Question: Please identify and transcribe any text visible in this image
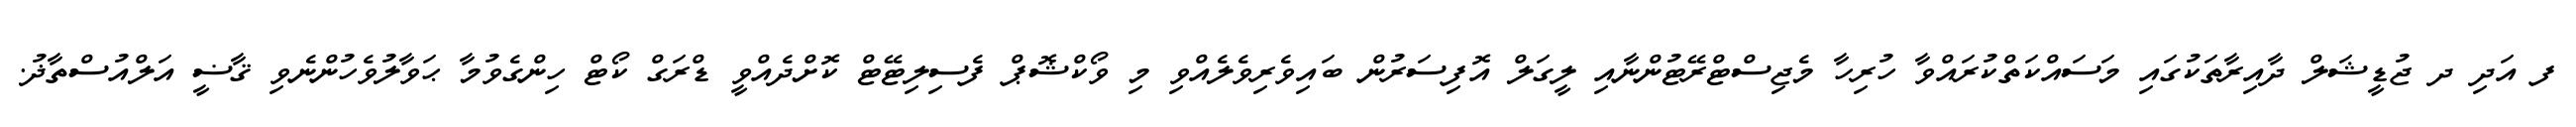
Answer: ފ އަދި ދ ޖުޑީޝަލް ދާއިރާތަކުގައި މަސައްކަތްކުރައްވާ ހުރިހާ މެޖިސްޓްރޭޓުންނާއި ލީގަލް އޮފިސަރުން ބައިވެރިވެލެއްވި މި ވޯކްޝޮޕް ފެސިލިޓޭޓް ކޮށްދެއްވީ ޑްރަގް ކޯޓް ހިންގެވުމާ ޙަވާލުވެހުންނެވި ޤާޟީ އަލްއުސްތާޛު.